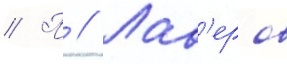
// П // Лав'еров